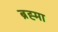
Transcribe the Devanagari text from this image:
ब्रह्‍मा